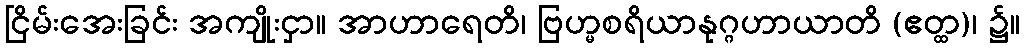
ငြိမ်းအေးခြင်း အကျိုးငှာ။ အာဟာရေတိ၊ ဗြဟ္မစရိယာနုဂ္ဂဟာယာတိ (ဧတ္ထ)၊ ၌။